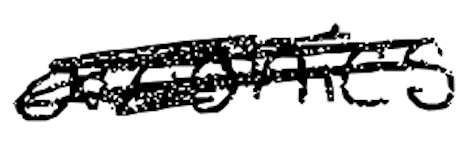
Text: avionics
Cross-out: mix
Writing tool: digital_black